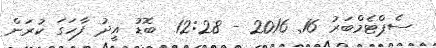
ސެޕްޓެމްބަރު 16